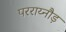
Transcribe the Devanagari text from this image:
परराय्नौड़